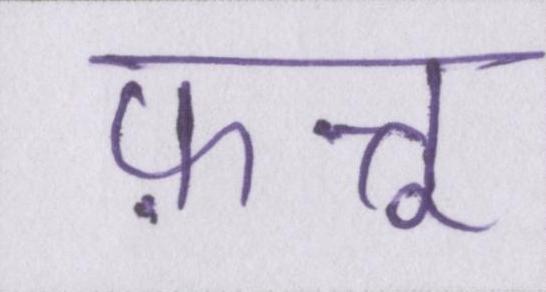
फ़त्तू